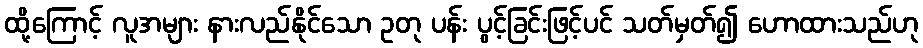
ထို့ကြောင့် လူအများ နားလည်နိုင်သော ဥတု ပန်း ပွင့်ခြင်းဖြင့်ပင် သတ်မှတ်၍ ဟောထားသည်ဟု